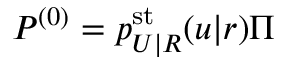
P ^ { ( 0 ) } = p _ { U | R } ^ { \mathrm { s t } } ( u | r ) \Pi